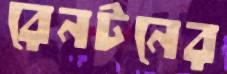
রেনটনের